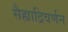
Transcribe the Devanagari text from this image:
सैह्याद्रिवर्णन